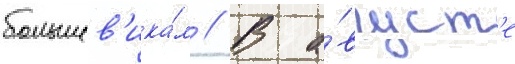
большев'ика́м // В а́вгуст'е